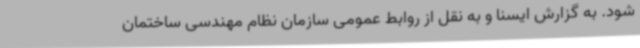
شود. به گزارش ایسنا و به نقل از روابط عمومی سازمان نظام مهندسی ساختمان